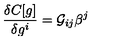
\frac { \delta C [ g ] } { \delta g ^ { i } } = { \cal G } _ { i j } \beta ^ { j }